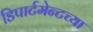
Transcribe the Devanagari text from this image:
डिपार्टमेन्टच्या